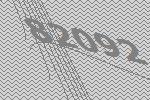
82092